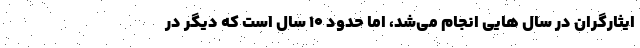
ایثارگران در سال هایی انجام می‌شد، اما حدود ۱۰ سال است که دیگر در